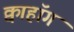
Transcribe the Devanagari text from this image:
क्वाहॉग